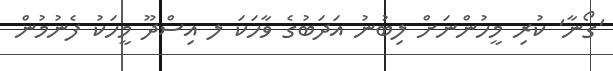
'ގޯނާ' ކުރި މީހުންނަށް ލިބުނު އަދަބުގެ ވާހަކަ ލ އިސްދޫ މީހަކު ފެނުމުން